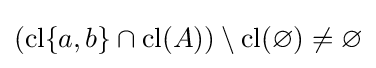
({\text{cl}}\{a,b\}\cap {\text{cl}}(A))\setminus {\text{cl}}(\varnothing )\neq \varnothing